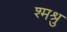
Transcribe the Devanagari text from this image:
श्मश्रु